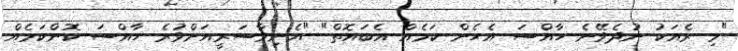
"މި ރެއަކު ނުދެވޭނެ ހާއްސަ އެހެން ކަމެއް އެބައޮތް" "އެނިވާސަރީއަށްވުރެ ހާއްސަ ކޮންކަމެއް